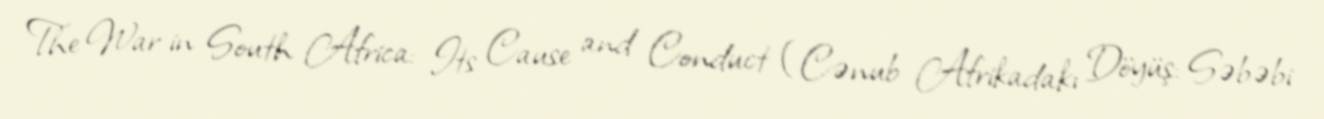
The War in South Africa: Its Cause and Conduct (Cənub Afrikadakı Döyüş: Səbəbi